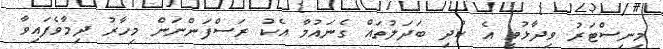
މިނިސްޓަރު ވިދާޅުވީ އެ ކުދި ބަދަލުތައް ގެނައުމާ އެކު ރަސްފަންނަން މިހާރު ދިމާވެފައިވާ